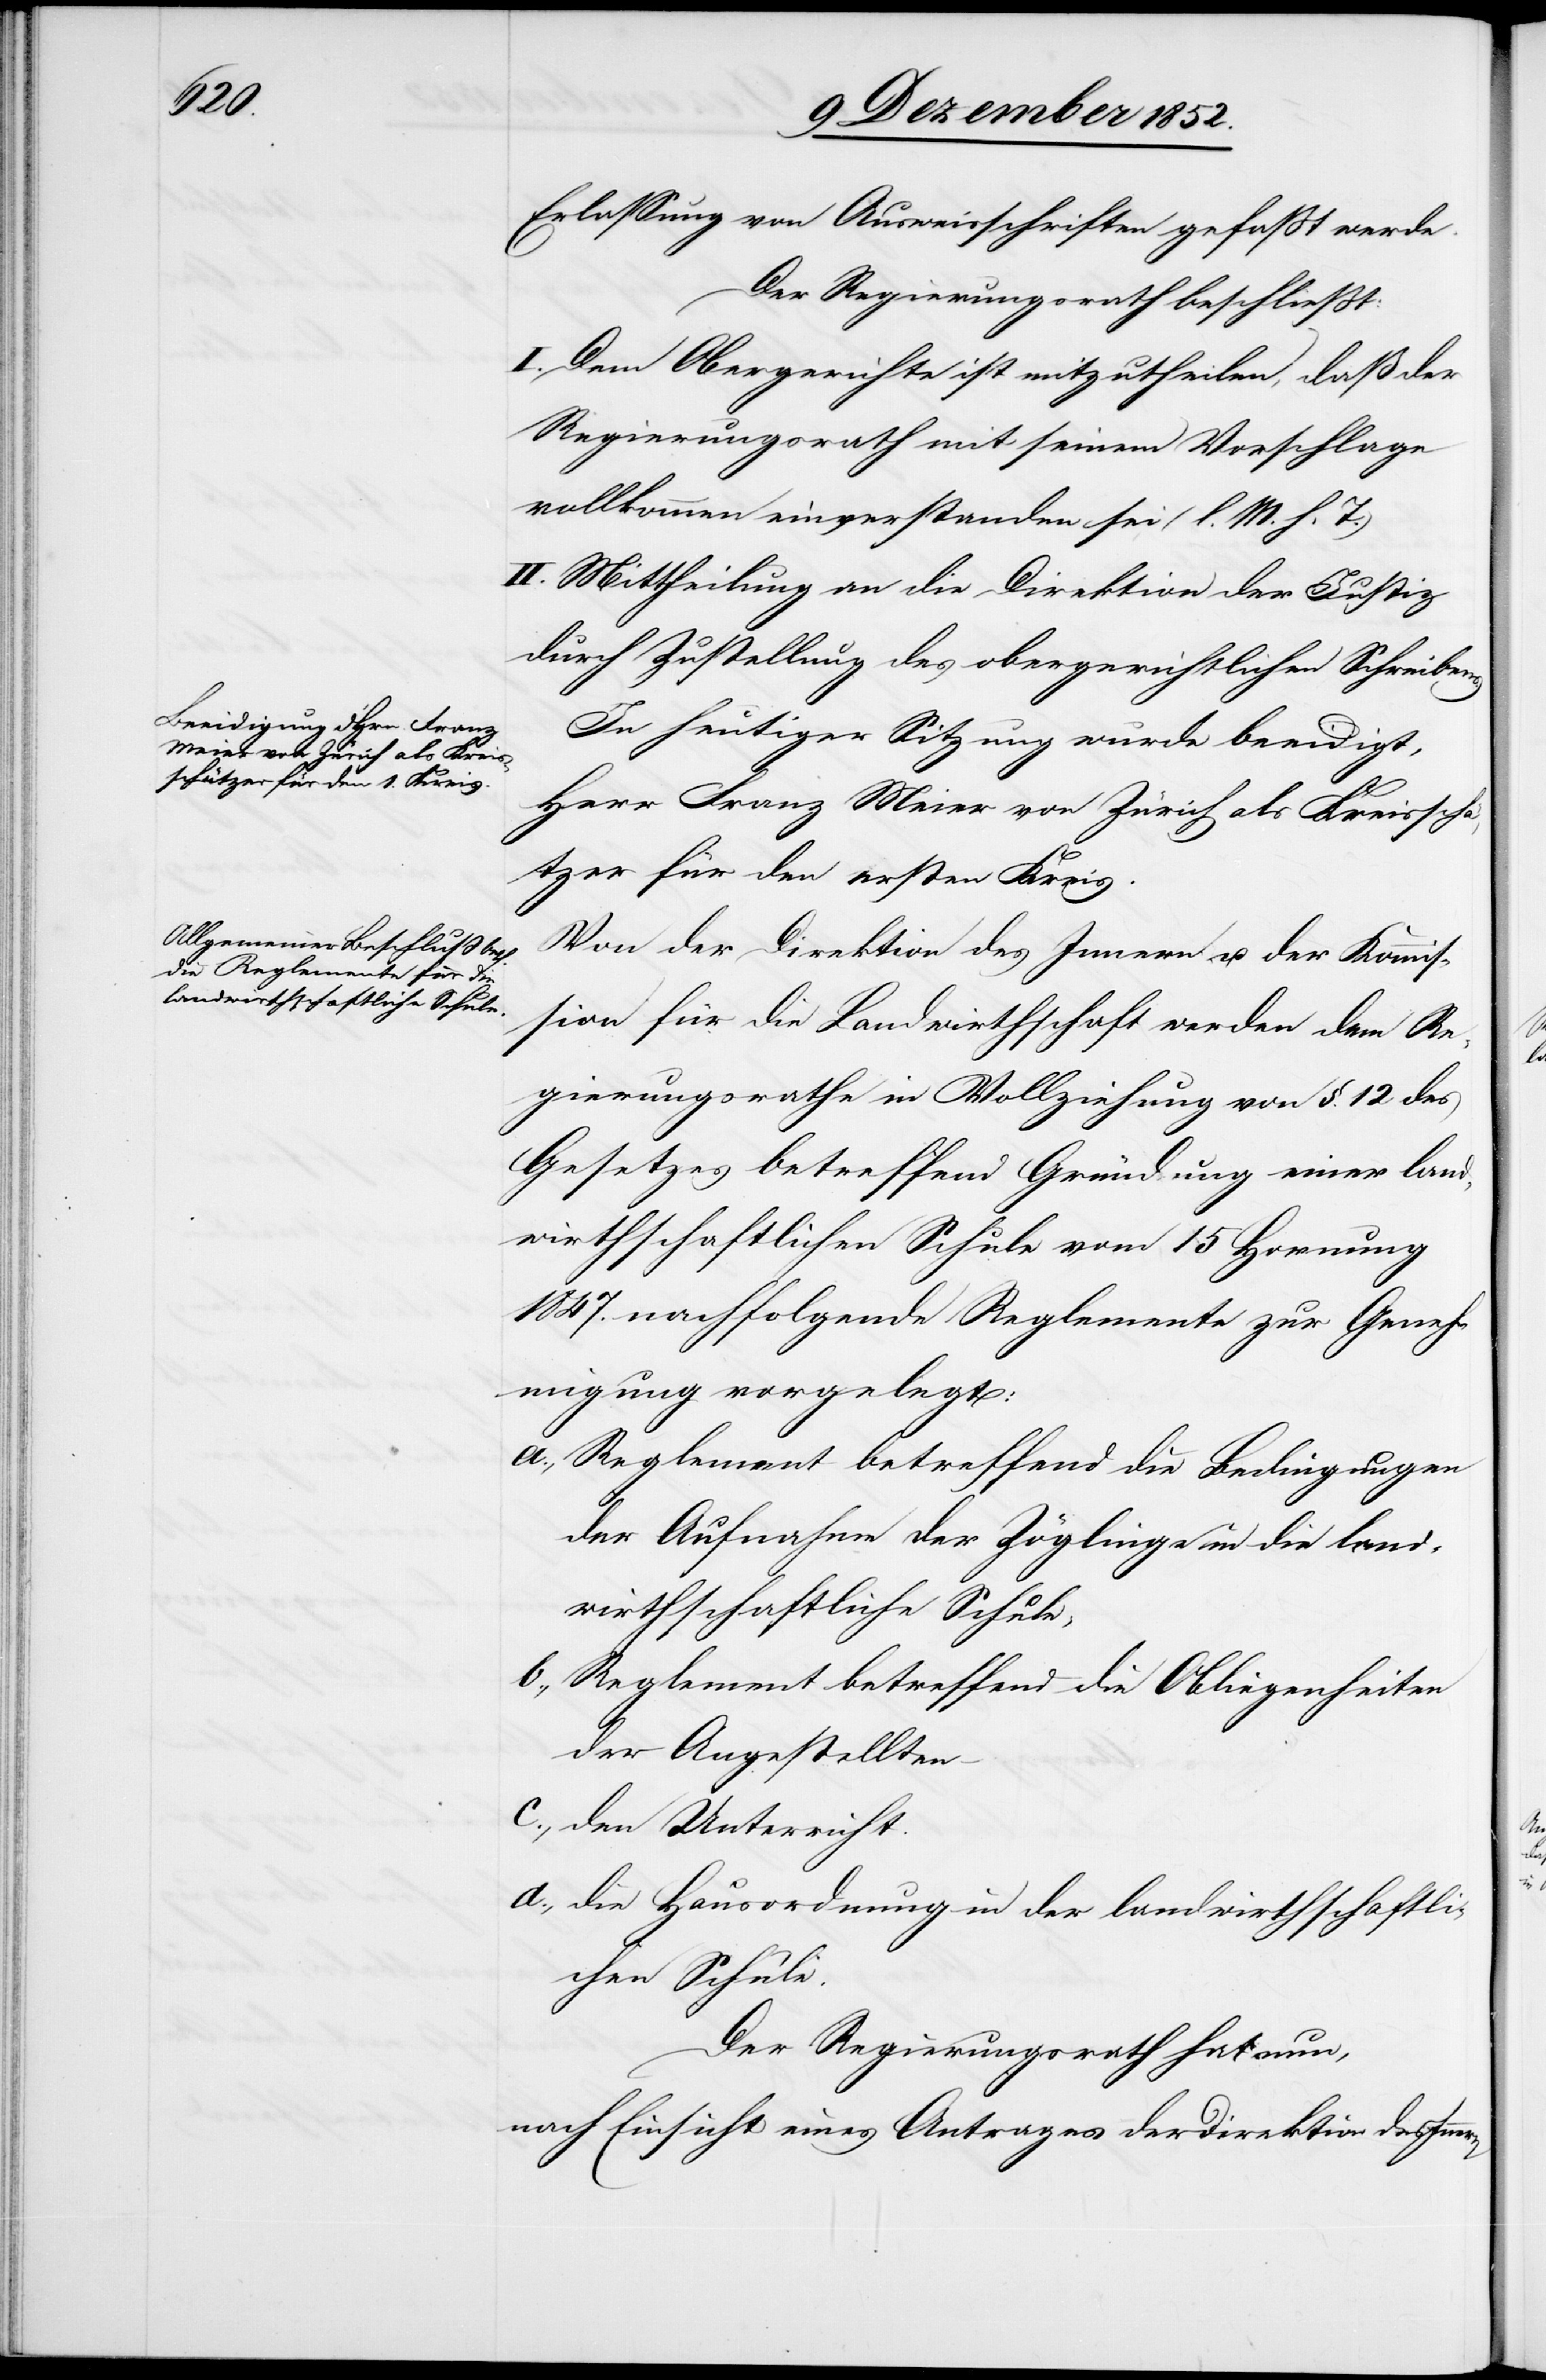
Erlassung von Ausweisschriften gefaßt werde.
Der Regierungsrath beschließt:
I. Dem Obergerichte ist mitzutheilen, daß der
Regierungsrath mit seinem Vorschlage
vollkommen einverstanden sei (l. M. h. T.)
II. Mittheilung an die Direktion der Justiz
durch Zustellung des obergerichtlichen Schreibens.
In heutiger Sitzung wurde beeidigt,
Herr Franz Meier von Zürich als Kreisschä¬
tzer für den ersten Kreis.
Von der Direktion des Innern u. der Kommis¬
sion für die Landwirthschaft werden dem Re¬
gierungsrathe in Vollziehung von §. 12 des
Gesetzes betreffend Gründung einer land¬
wirthschaftlichen Schule vom 15 Hornung
1847. nachfolgende Reglemente zur Geneh¬
migung vorgelegt:
Reglement betreffend die Bedingungen
der Aufnahme der Zöglinge in die land¬
wirthschaftliche Schule,
Reglement betreffend die Obliegenheiten
der Angestellten
den Unterricht.
die Hausordnung in der landwirthschaftli¬
chen Schule.
Der Regierungsrath hat nun,
nach Einsicht eines Antrages der Direktion des Innern